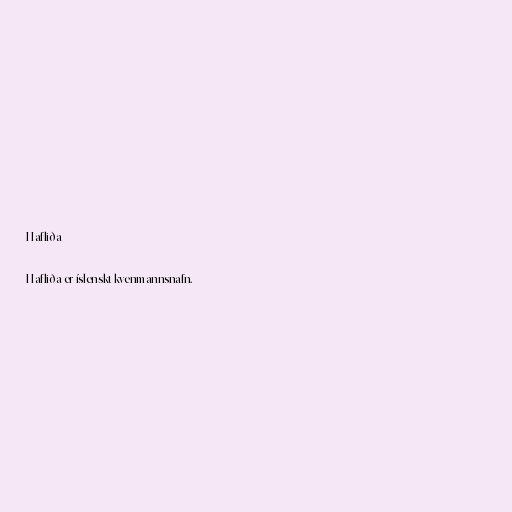
Hafliða

Hafliða er íslenskt kvenmannsnafn.